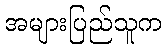
အများပြည်သူက